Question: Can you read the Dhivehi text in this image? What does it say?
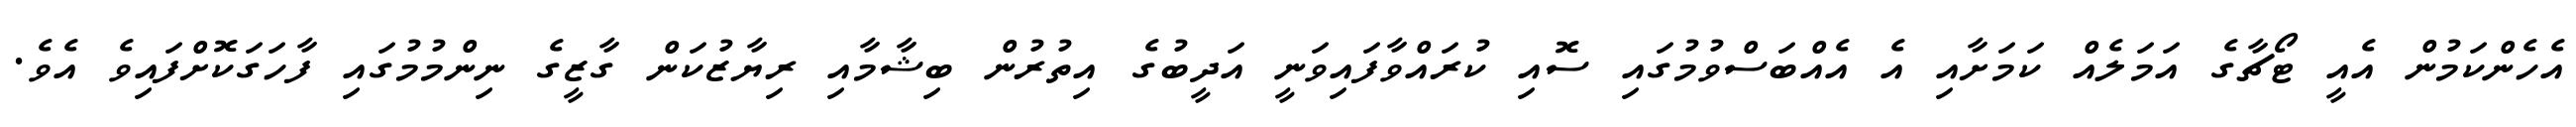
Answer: އެހެންކަމުން އެއީ ޓޯޗާގެ އަމަލެއް ކަމަށާއި އެ އެއްބަސްވުމުގައި ސޮއި ކުރައްވާފައިވަނީ އަދީބުގެ އިތުރުން ބިޝާމާއި ރިޔާޒުކަން ގާޒީގެ ނިންމުމުގައި ފާހަގަކޮށްފައިވެ އެވެ.